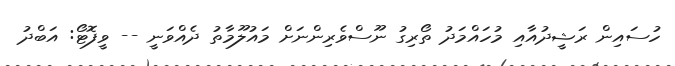
ހުސައިން ރަޝީދުއާއި މުހައްމަދު ތޯރިގު ނޫސްވެރިންނަށް މައުލޫމާތު ދެއްވަނީ -- ވީފޮޓޯ: އަބްދު